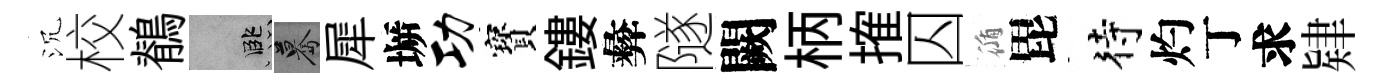
沉校鶺孟驀犀󶱲功寳鏤彜隧闕柄搉囚循毘待灼丁求肄